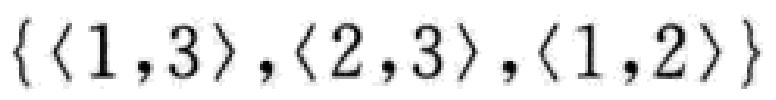
\(\{\langle 1,3\rangle,\langle 2,3\rangle,\langle 1,2\rangle\}\)